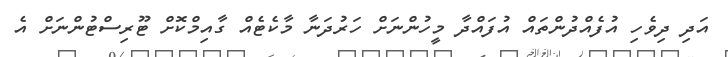
އަދި ދިވެހި އުފެއްދުންތައް އުފައްދާ މީހުންނަށް ހަރުދަނާ މާކެޓެއް ގާއިމްކޮށް ޓޫރިސްޓުންނަށް އެ